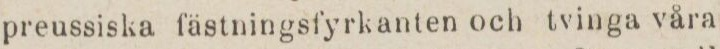
preussiska fästningsfyrkanten och tvinga våra